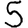
Digit: 5